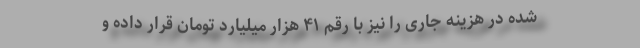
شده در هزینه جاری را نیز با رقم ۴۱ هزار میلیارد تومان قرار داده و